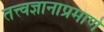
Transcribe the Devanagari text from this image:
तत्त्वज्ञानाप्रमाणे